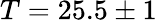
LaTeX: T=25.5\pm 1